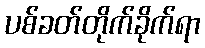
ပစ်ခတ်တိုက်ခိုက်ရာ